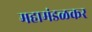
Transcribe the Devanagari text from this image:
महामंडळकर